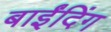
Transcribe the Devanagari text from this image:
बाईंदिंग